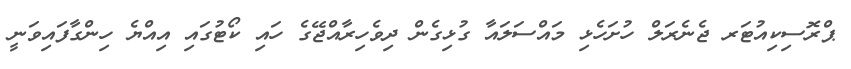
ޕްރޮސިކިއުޓަރ ޖެނެރަލް ހުށަހެޅި މައްސަލައާ ގުޅިގެން ދިވެހިރާއްޖޭގެ ހައި ކޯޓުގައި އިއްޔެ ހިންގާފައިވަނީ